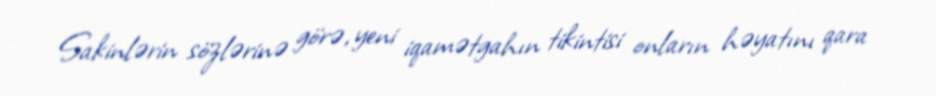
Sakinlərin sözlərinə görə, yeni iqamətgahın tikintisi onların həyatını qara